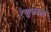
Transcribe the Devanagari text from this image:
रेणुकाला